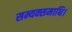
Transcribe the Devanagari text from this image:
सम्यक्समाधि।